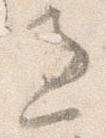
過